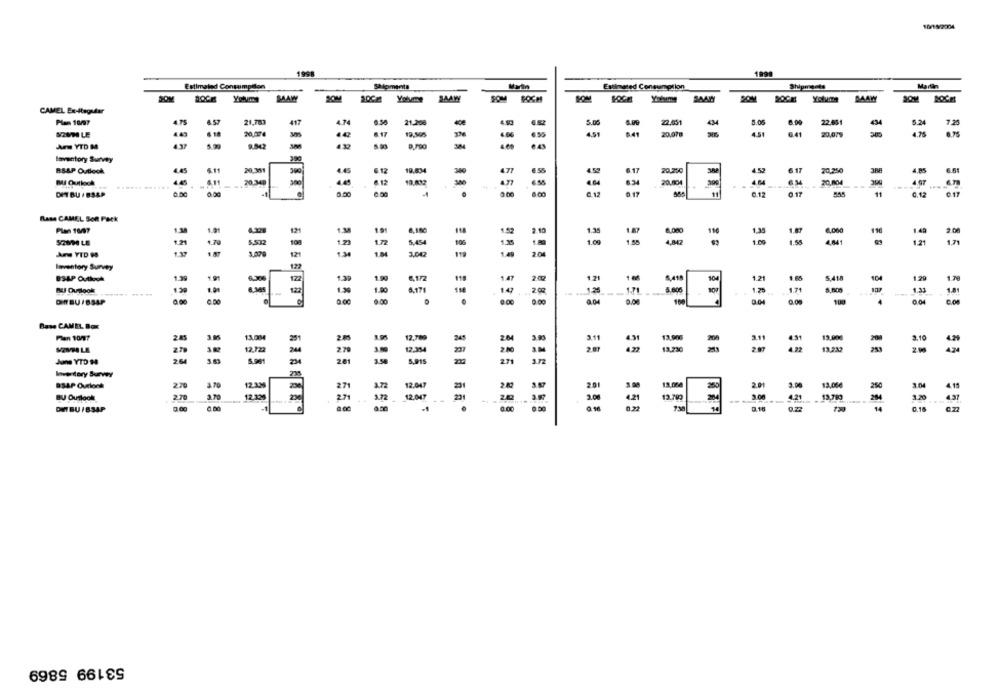
1009/2004
1998
1998
Estimated Consumption
Shipments
Main
Estimated Consumoillon
Shipments
Martin
20M
ROCE Yolumy
MAW
Yolun
SOM
Yolume
SAAW
DOCH
CAMEL Ex-itegudar
Plan 10/7
4.75
21,783
21.200
22,001
5.05
22.651
434
5.24
1.25
20,00€
142
4.66
4.51
6.41
20,070
4.51
6.41
20,079
4.76
Ar YTD M
9.842
Inventory Survey
390
BSAP Outlook
20.351
300
1.45
6 12
19.834
177
6.17
20.250
6 17
20,250
388
4.85
6.61
19.832
MI Quilock
.... .....
20.349
6.12
20.004
20,004
4.07
DET BU / BS&P
0.00
11
0.12
0 17
955
11
0.12
Bass CAMEL Son Pack
1.3
Plan 10/97
19
A.INC
1.35
1.38
1.87
€,000
2.00
108
1.09
1.09
1.59
4.041
1.21
1.21
- YTD M
1.37
12
1.30
1M4
3,00
199
201
Inventory Survey
1.39
104
BSAP Outlook
1.21
166
104
1.21
1.65
5,418
1.29
1.70
BU Outlook
1.39
8171
1.28
1.71
1.23
1.00
1.20
1.74
DIBU/BSAP
200
0.04
0.00
0.04
con
Base CAMEL Box
20
24
211
13.000
13,000
3.10
2.79
24
270
207
13.232
2.00
2.64
June YTD 94
S.a.
2.71
1/2
Investory Survey
B34P Ourloch
2.70
18.00
2.9
3.00
13.000
270
2.71
$2.947
250
3.0
BU Outlook
3.70
12.05 20
27
1247
421
13.790
25
3.20
437
a oc
8.00
0.22
730
14
0.15
DIT BU / BSAP
53199 5869